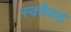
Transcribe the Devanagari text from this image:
स्क्वैक्ड